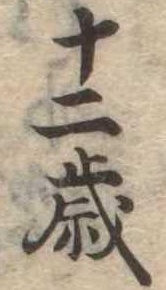
十二歳